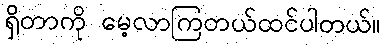
ရှိတာကို မေ့လာကြတယ်ထင်ပါတယ်။